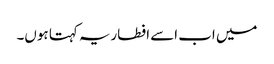
میں اب اسے افطاریہ کہتا ہوں۔